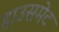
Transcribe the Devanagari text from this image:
हाउसमेट